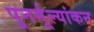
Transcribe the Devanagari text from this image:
पूनर्मूल्यांकन